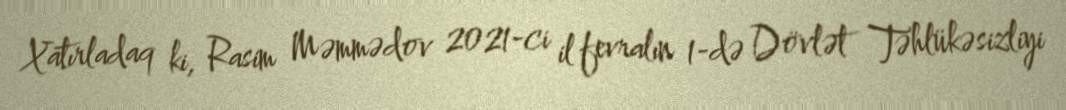
Xatırladaq ki, Rasim Məmmədov 2021-ci il fevralın 1-də Dövlət Təhlükəsizliyi